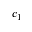
c _ { 1 }